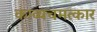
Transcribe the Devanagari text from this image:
काव्यचमत्कार